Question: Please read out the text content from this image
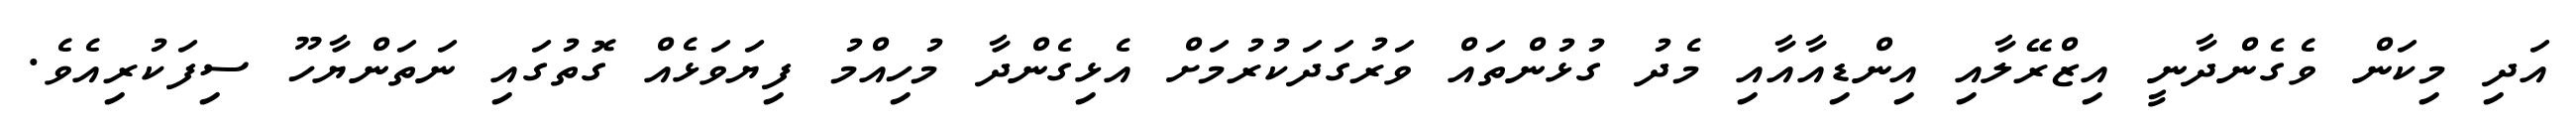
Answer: އަދި މިކަން ވެގެންދާނީ އިޒްރޭލާއި އިންޑިއާއާއި މެދު ގުޅުންތައް ވަރުގަދަކުރުމަށް އެޅިގެންދާ މުހިއްމު ފިޔަވަޅެއް ގޮތުގައި ނަތަންޔާހޫ ސިފަކުރިއެވެ.